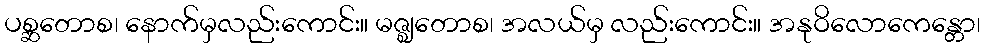
ပစ္ဆတောစ၊ နောက်မှလည်းကောင်း။ မဇ္ဈတောစ၊ အလယ်မှ လည်းကောင်း။ အနုဝိလောကေန္တော၊